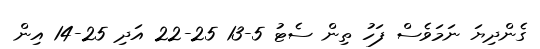
ގެންދިޔަ ނަމަވެސް ފަހު ތިން ސެޓު 5-13 25-22 އަދި 25-14 އިން